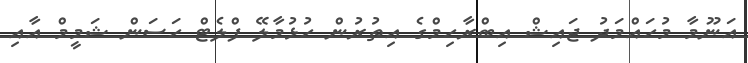
އަނޫމާ މުހައްމަދު ޖައިޝް އިބްރާހިމްގެ އިތުރުން ހުޅުމާލޭ ފްލެޓް ހަސަން ޝަމީމް އާއި